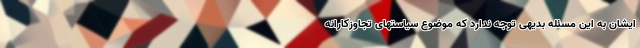
ایشان به این مسئله بدیهی توجه ندارد که موضوع سیاستهای تجاوزکارانه